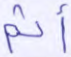
أثم